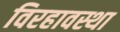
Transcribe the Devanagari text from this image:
विरहावस्था